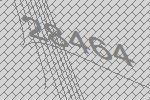
28464